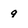
Character: 9